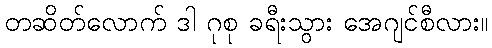
တဆိတ်လောက် ဒါ ဂုစု ခရီးသွား အေဂျင်စီလား။